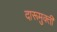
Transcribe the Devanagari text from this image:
दारूमुक्ती